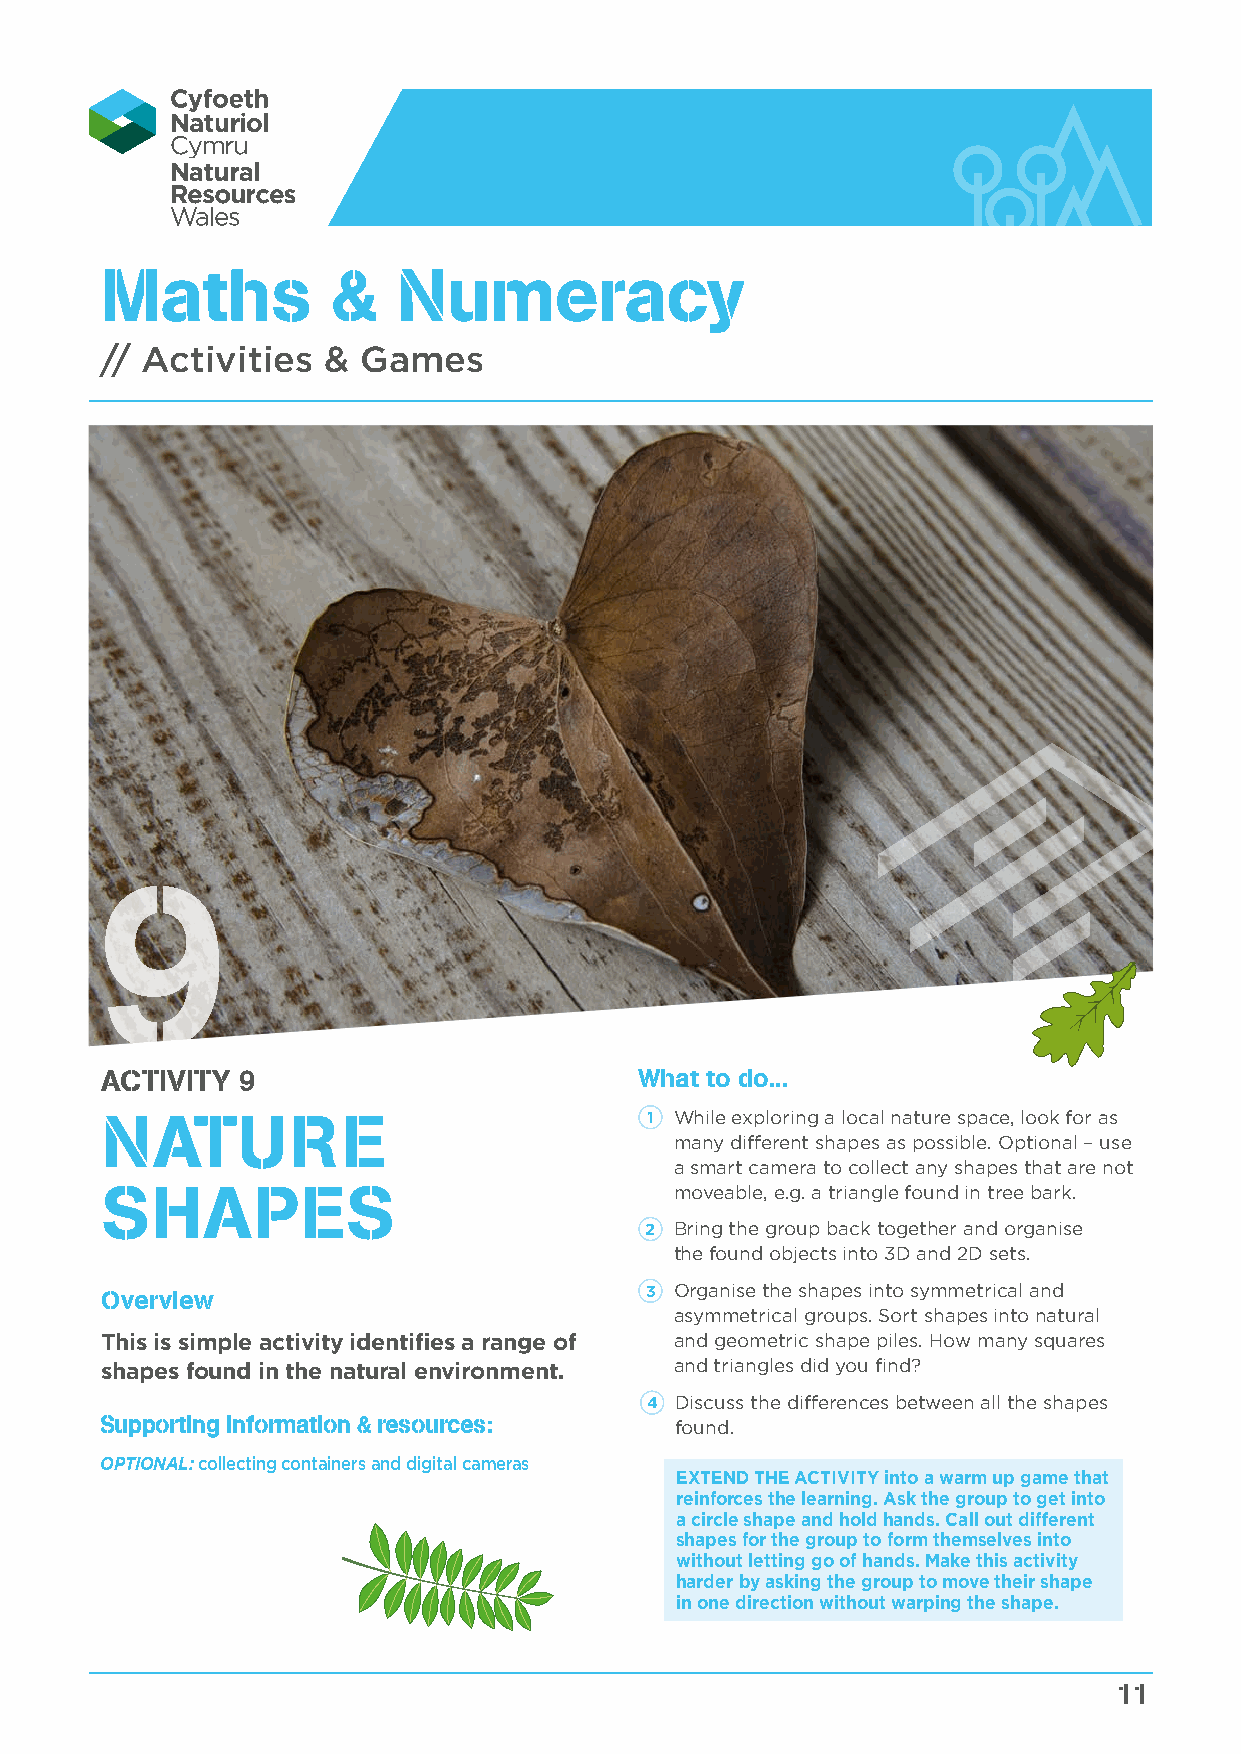
Maths          &   Numeracy
 // Activities &  Games
 9
 ACTIVITY 9                         What to do...
 NATURE                              1 While exploring a local nature space, look for as
 many different shapes as possible. Optional – use
 a smart camera to collect any shapes that are not
 SHAPES                                moveable, e.g. a triangle found in tree bark.
 2 Bring the group back together and organise
 the found objects into 3D and 2D sets.
 Overview                            3 Organise the shapes into symmetrical and
 asymmetrical groups. Sort shapes into natural
 This is simple activity identifies a range of and geometric shape piles. How many squares
 shapes found in the natural environment. and triangles did you find?
 4 Discuss the differences between all the shapes
 Supporting information & resources:   found.
 OPTIONAL: collecting containers and digital cameras
 EXTEND THE ACTIVITY into a warm up game that
 reinforces the learning. Ask the group to get into
 a circle shape and hold hands. Call out different
 shapes for the group to form themselves into
 without letting go of hands. Make this activity
 harder by asking the group to move their shape
 in one direction without warping the shape.
 11